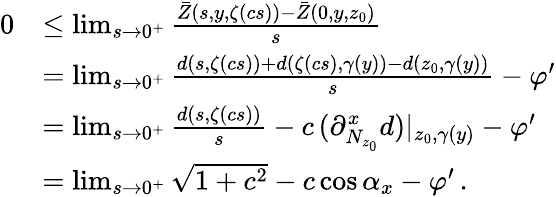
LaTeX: \begin{array}{rl}{0}&{\leq\operatorname*{lim}_{s\to 0^{+}}\frac{\bar{Z}(s,y,\zeta(cs))-\bar{Z}(0,y,z_{0})}{s}}\\ &{=\operatorname*{lim}_{s\to 0^{+}}\frac{d(s,\zeta(cs))+d(\zeta(cs),\gamma(y))-d(z_{0},\gamma(y))}{s}-\varphi^{\prime}}\\ &{=\operatorname*{lim}_{s\to 0^{+}}\frac{d(s,\zeta(cs))}{s}-c\, (\partial_{N_{z_{0}}}^{x}d)|_{z_{0},\gamma(y)}-\varphi^{\prime}}\\ &{=\operatorname*{lim}_{s\to 0^{+}}\sqrt{1+c^{2}}-c\cos\alpha_{x}-\varphi^{\prime}\, .}\end{array}